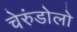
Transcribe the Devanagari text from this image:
चेरुंडोलो